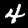
Label: 4